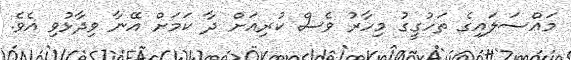
މައްސަލައިގެ ތަހުގީގު މިހާރު ވެސް ކުރިއަށް ދާ ކަމަށް އޭނާ ވިދާޅުވި އެވެ.